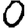
Digit: 0